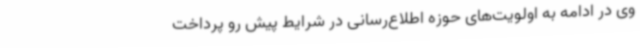
وی در ادامه به اولویت‌های حوزه اطلاع‌رسانی در شرایط پیش رو پرداخت